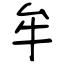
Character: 牟